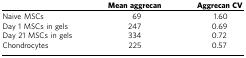
<table><thead><tr><td><b> </b></td><td><b>Mean aggrecan</b></td><td><b>Aggrecan CV</b></td></tr></thead><tbody><tr><td>Naive MSCs</td><td>69</td><td>1.60</td></tr><tr><td>Day 1 MSCs in gels</td><td>247</td><td>0.69</td></tr><tr><td>Day 21 MSCs in gels</td><td>334</td><td>0.72</td></tr><tr><td>Chondrocytes</td><td>225</td><td>0.57</td></tr></tbody></table>